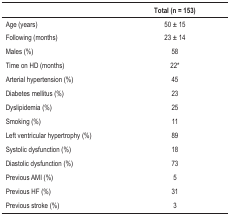
<table><thead><tr><td><b> </b></td><td><b>Total (n = 153)</b></td></tr></thead><tbody><tr><td>Age (years)</td><td>50 ± 15</td></tr><tr><td>Following (months)</td><td>23 ± 14</td></tr><tr><td>Males (%)</td><td>58</td></tr><tr><td>Time on HD (months)</td><td>22*</td></tr><tr><td>Arterial hypertension (%)</td><td>45</td></tr><tr><td>Diabetes mellitus (%)</td><td>23</td></tr><tr><td>Dyslipidemia (%)</td><td>25</td></tr><tr><td>Smoking (%)</td><td>11</td></tr><tr><td>Left ventricular hypertrophy (%)</td><td>89</td></tr><tr><td>Systolic dysfunction (%)</td><td>18</td></tr><tr><td>Diastolic dysfunction (%)</td><td>73</td></tr><tr><td>Previous AMI (%)</td><td>5</td></tr><tr><td>Previous HF (%)</td><td>31</td></tr><tr><td>Previous stroke (%)</td><td>3</td></tr></tbody></table>